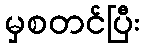
မှစတင်ပြီး